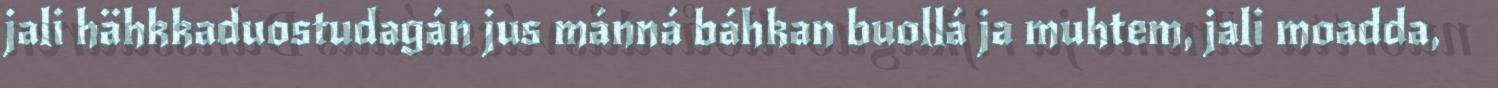
jali hähkkaduostudagán jus mánná báhkan buollá ja muhtem, jali moadda,